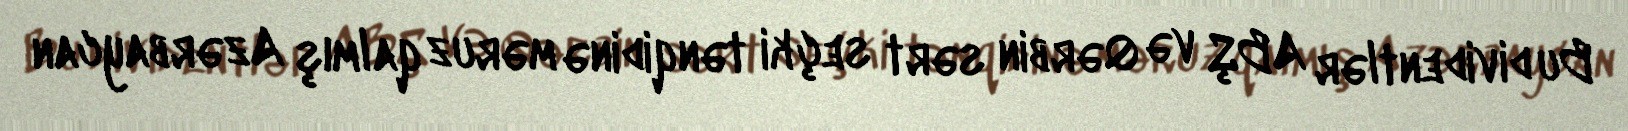
Bu dividentlər ABŞ və Qərbin sərt seçki tənqidinə məruz qalmış Azərbaycan